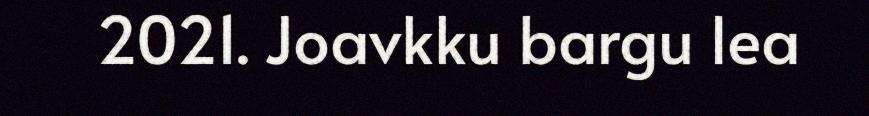
2021. Joavkku bargu lea